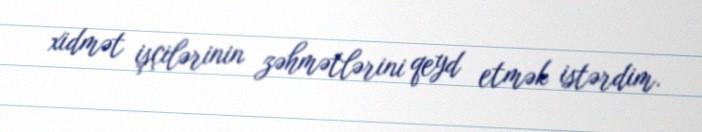
xidmət işçilərinin zəhmətlərini qeyd etmək istərdim.